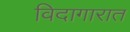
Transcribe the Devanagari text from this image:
विदागारात